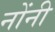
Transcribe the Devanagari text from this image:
नोंनी